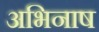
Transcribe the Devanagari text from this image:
अभिनाष